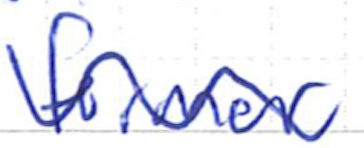
Text: former
Cross-out: wave
Writing tool: ballpoint